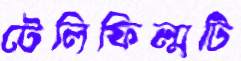
টেলিফিল্মটি